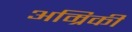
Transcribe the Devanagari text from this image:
अम्रिकी